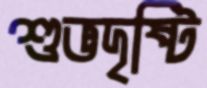
শুভদৃষ্টি